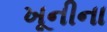
ખૂનીના